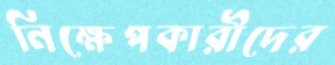
নিক্ষেপকারীদের